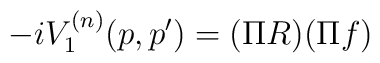
-iV_{1}^{(n)}(p,p^{\prime })=(\Pi R)(\Pi f)